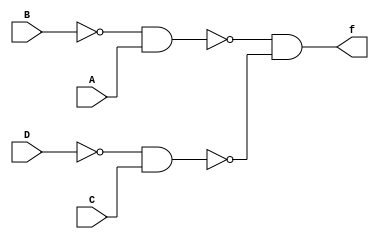
module qb(A,B,C,D,f);
	input A,B,C,D;
	output f;
	assign g = ~(~(~(B&B)&A) & ~(~(D&D)&C));
	assign f = ~(g&g);
endmodule